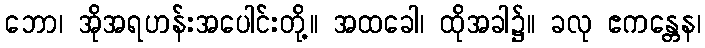
ဘော၊ အိုအရဟန်းအပေါင်းတို့။ အထခေါ၊ ထိုအခါ၌။ ခလု ဧကန္တေန၊